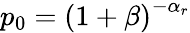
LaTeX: p_{0}=\left(1+\beta\right)^{-\alpha_{r}}